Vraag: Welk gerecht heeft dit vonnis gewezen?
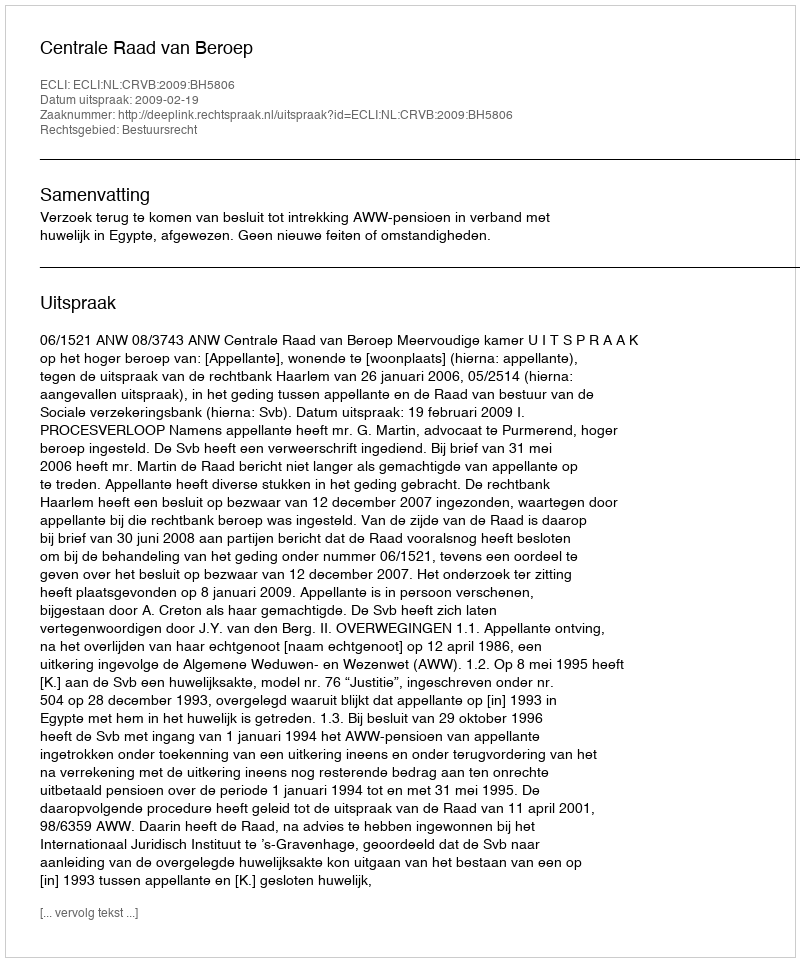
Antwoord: Centrale Raad van Beroep